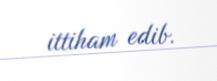
ittiham edib.